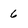
Character: 6